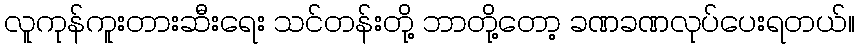
လူကုန်ကူးတားဆီးရေး သင်တန်းတို့ ဘာတို့တော့ ခဏခဏလုပ်ပေးရတယ်။